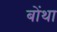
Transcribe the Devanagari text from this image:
बोंथा